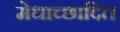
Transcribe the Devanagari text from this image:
मेधाच्छादित